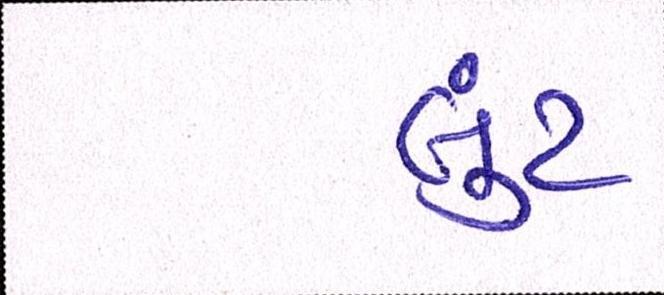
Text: લુંટ